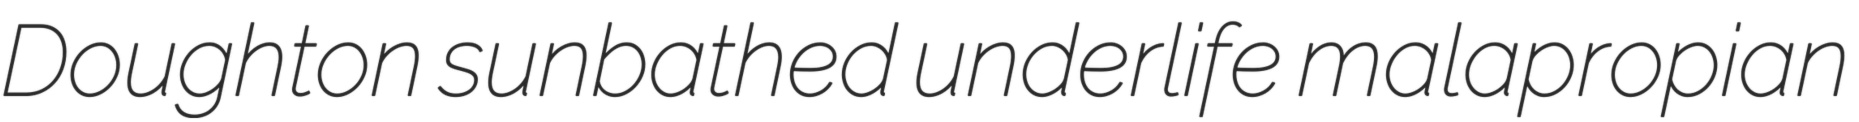
Doughton sunbathed underlife malapropian